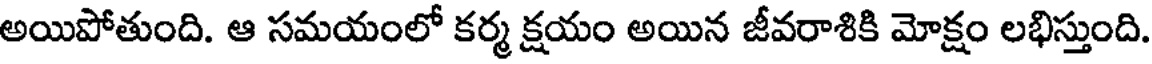
అయిపోతుంది. ఆ సమయంలో కర్మ క్షయం అయిన జీవరాశికి మోక్షం లభిస్తుంది.